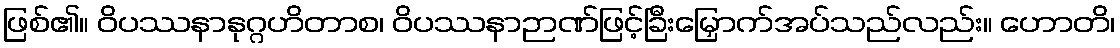
ဖြစ်၏။ ဝိပဿနာနုဂ္ဂဟိတာစ၊ ဝိပဿနာဉာဏ်ဖြင့်ခြီးမြှောက်အပ်သည်လည်း။ ဟောတိ၊